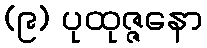
(၉) ပုထုဇ္ဇနော